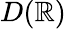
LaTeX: D(\mathbb{R})